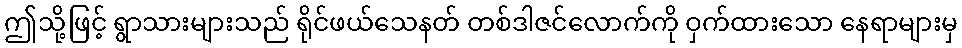
ဤသို့ဖြင့် ရွာသားများသည် ရိုင်ဖယ်သေနတ် တစ်ဒါဇင်လောက်ကို ဝှက်ထားသော နေရာများမှ